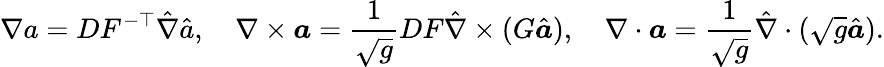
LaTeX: \nabla a=DF^{-\top}\hat{\nabla}\hat{a},\quad\nabla\times{\boldsymbol a}=\frac{1}{\sqrt{g}}DF\hat{\nabla}\times(G\hat{{\boldsymbol a}}),\quad\nabla\cdot{\boldsymbol a}=\frac{1}{\sqrt{g}}\hat{\nabla}\cdot(\sqrt{g}\hat{\boldsymbol a}).